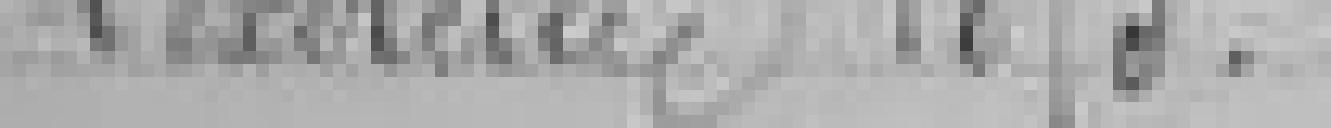
l'exercice 1875